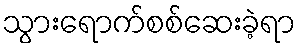
သွားရောက်စစ်ဆေးခဲ့ရာ